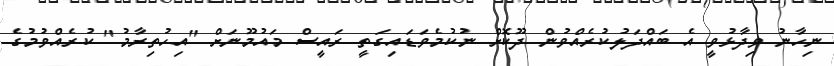
ނިހާނު ވިދާޅުވީ އެ ބައްދަލުކުރެއްވުން ދޫކޮށް ނުކުމެވަޑައިގަތީ ރައީސް މައުމޫނަށް "އިހުތިރާމު" ކުރެއްވުމުގެ